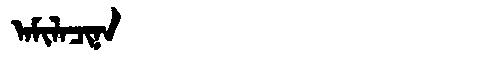
Manchu: ᠠᠮᡳᠯᠠᠴᡳᠨᠠ
Romanization: AMILACINA